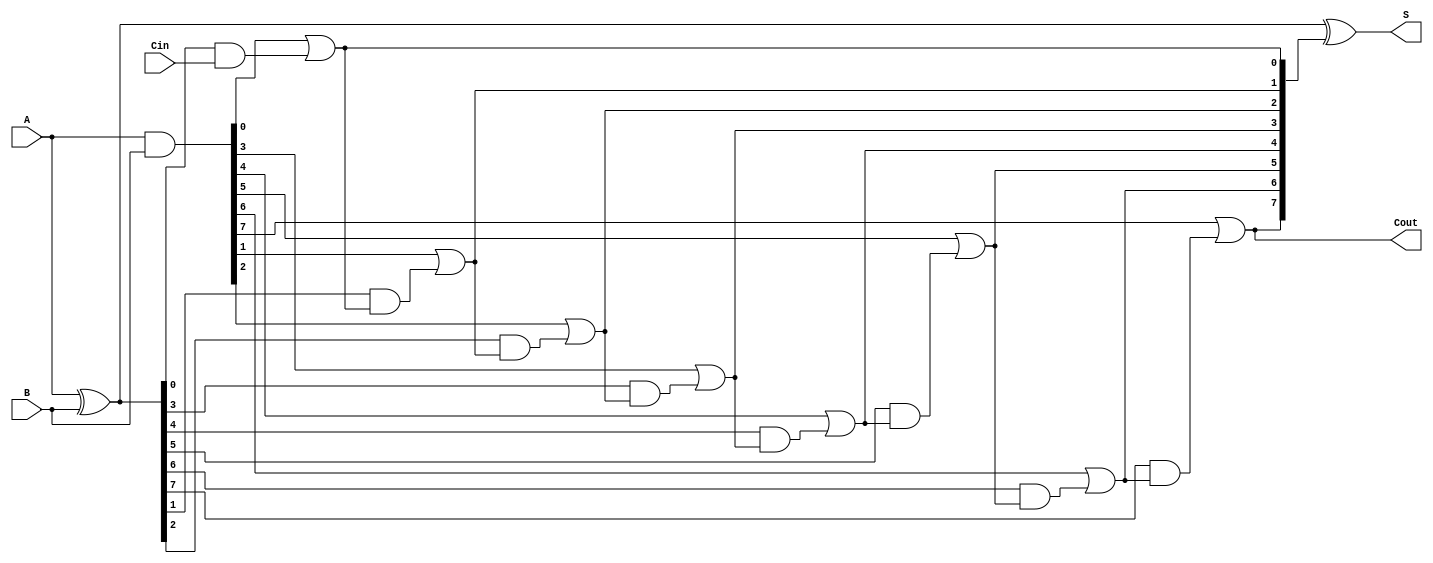
module SklanskyAdder #(parameter N = 8) (
    input  [N-1:0] A,      // First n-bit input
    input  [N-1:0] B,      // Second n-bit input
    input          Cin,     // Carry-in
    output [N-1:0] S,      // n-bit sum output
    output         Cout     // Carry-out
);

    // Generate and Propagate signals
    wire [N-1:0] G; // Generate signals
    wire [N-1:0] P; // Propagate signals
    wire [N:0] C;   // Carry signals (C[0] = Cin)

    // Generate and Propagate calculations
    assign G = A & B;         // G[i] = A[i] AND B[i]
    assign P = A ^ B;         // P[i] = A[i] XOR B[i]
    
    // Carry signals initialization
    assign C[0] = Cin;        // C[0] is the input carry

    // Carry generation using Sklansky adder logic
    genvar i;
    generate
        // Level 1: Calculate carries for the first stage
        for (i = 0; i < N; i = i + 1) begin: carry_generation
            if (i == 0) begin
                assign C[i + 1] = G[i] | (P[i] & C[i]); // C[1] = G[0] OR (P[0] AND C[0])
            end else begin
                assign C[i + 1] = G[i] | (P[i] & C[i]); // C[i+1] = G[i] OR (P[i] AND C[i])
            end
        end
    endgenerate

    // Sum calculation
    assign S = P ^ C[N:1]; // S[i] = P[i] XOR C[i]

    // Final carry-out
    assign Cout = C[N]; // Cout is the last carry signal

endmodule